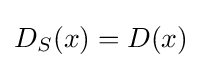
D_{S}(x)=D(x)